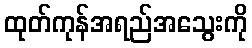
ထုတ်ကုန်အရည်အသွေးကို